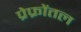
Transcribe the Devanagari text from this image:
प्रेफ्रोंतल